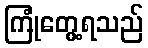
ကြုံတွေ့ရသည်